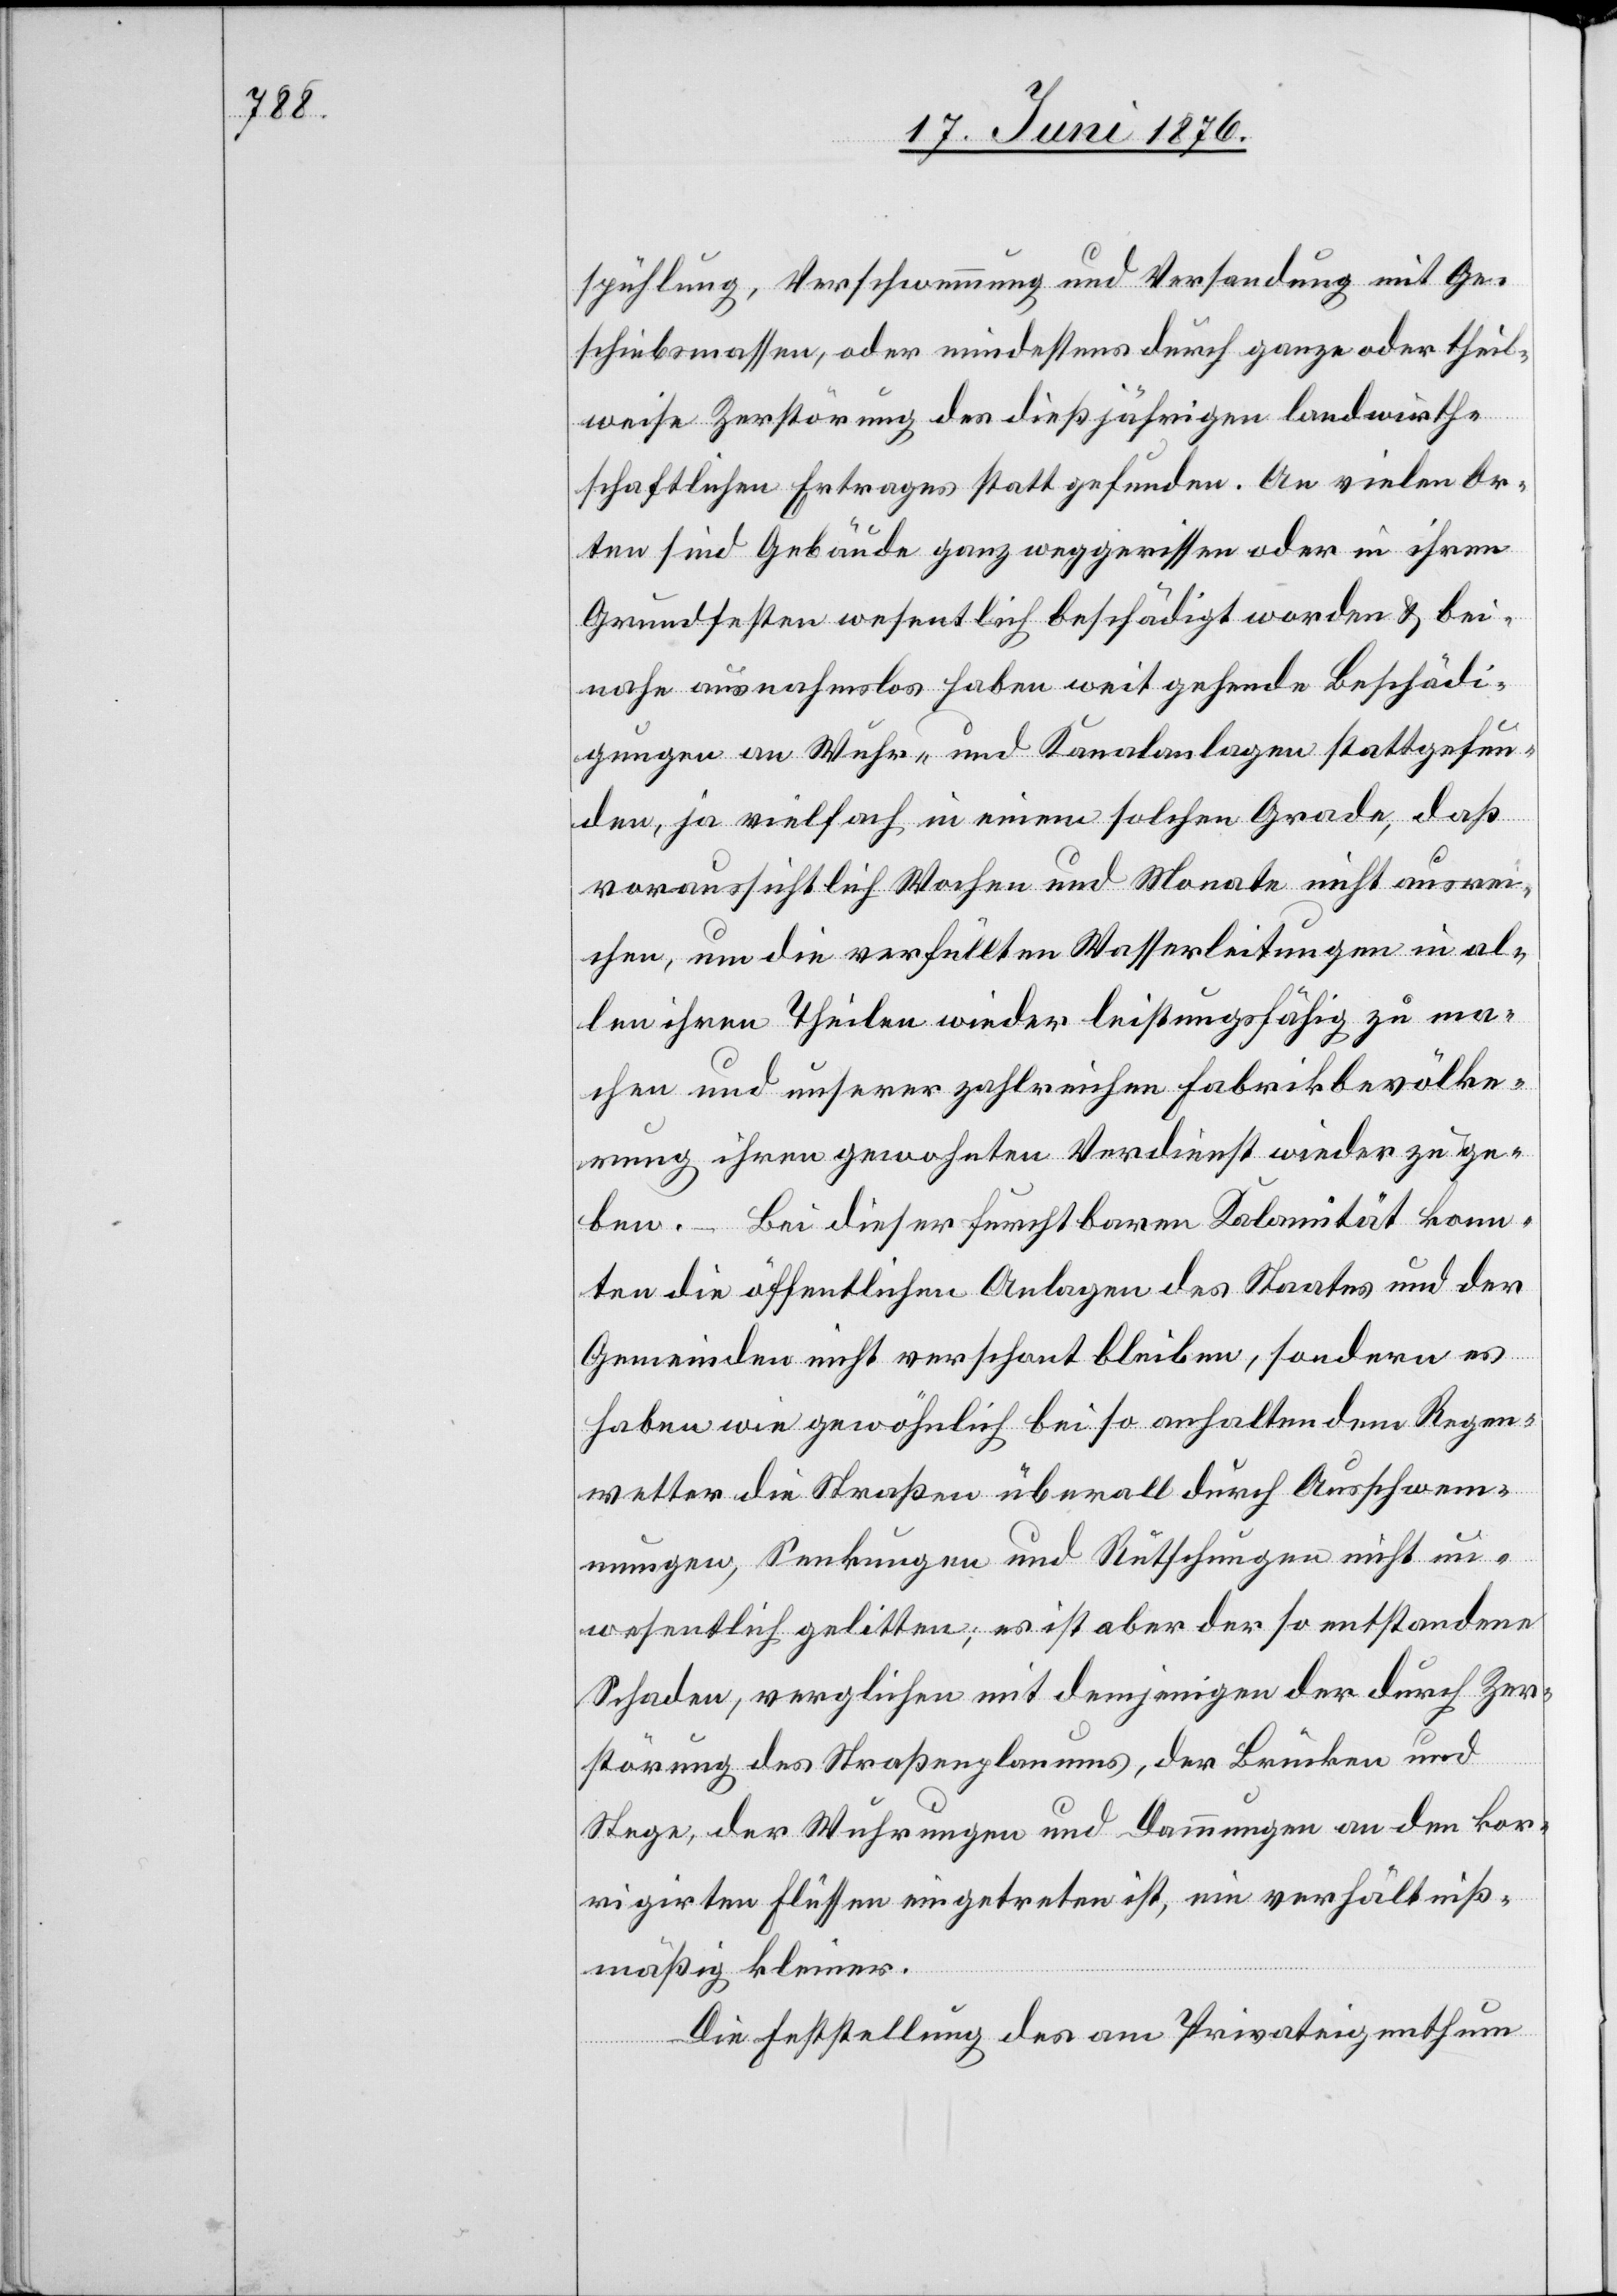
spühlung, Verschwemmung und Versandung mit Ge¬
schiebsmassen, oder mindestens durch ganze oder theil¬
weise Zerstörung des diesjährigen landwirth¬
schaftlichen Ertrages stattgefunden. An vielen Or¬
ten sind Gebäude ganz weggerissen oder in ihren
Grundfesten wesentlich beschädigt worden & bei¬
nahe ausnahmslos haben weit gehende Beschädi¬
gungen an Wehr- und Kanalanlagen stattgefun¬
den, ja vielfach in einem solchen Grade, das
voraussichtlich Wochen und Monate nicht ausrei¬
chen, um die verfüllten Wasserleitungen in al¬
len ihren Theilen wieder leistungsfähig zu ma¬
chen und unserer zahlreichen Fabrikbevölke¬
rung ihren gewohnten Verdienst wieder zu ge¬
ben. – Bei dieser furchtbaren Kalamität konn¬
ten die öffentlichen Anlagen des Staates und der
Gemeinden nicht verschont bleiben, sondern es
haben wie gewöhnlich bei so anhaltendem Regen¬
wetter die Straßen überall durch Ausschwem¬
mungen, Senkungen und Rutschungen nicht un¬
wesentlich gelitten; es ist aber der so entstandene
Schaden, verglichen mit demjenigen der durch Zer¬
störung des Straßenplanums, der Brücken und
Stege, der Wuhrungen und Dämmungen an den kor¬
rigirten Flüssen eingetreten ist, ein verhältniß¬
mäßig kleiner.
Die Feststellung des am Privateigenthum